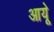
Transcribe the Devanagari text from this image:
आयूे